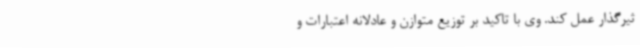
ثیرگذار عمل کند. وی با تاکید بر توزیع متوازن و عادلانه اعتبارات و